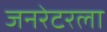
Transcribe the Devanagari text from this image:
जनरेटरला